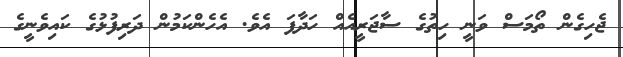
ޖެހިގެން ތޯމަސް ވަނީ ހިތުގެ ސާޖަރީއެއް ހަދާފަ އެވެ. އެހެންކަމުން ދަރިފުޅުގެ ކައިވެނީގެ